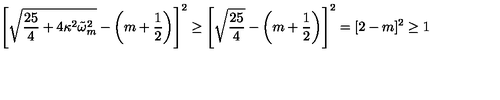
\left[ \sqrt { \frac { 2 5 } { 4 } + 4 \kappa ^ { 2 } \tilde { \omega } _ { m } ^ { 2 } } - \left( m + \frac 1 2 \right) \right] ^ { 2 } \ge \left[ \sqrt { \frac { 2 5 } { 4 } } - \left( m + \frac 1 2 \right) \right] ^ { 2 } = [ 2 - m ] ^ { 2 } \ge 1